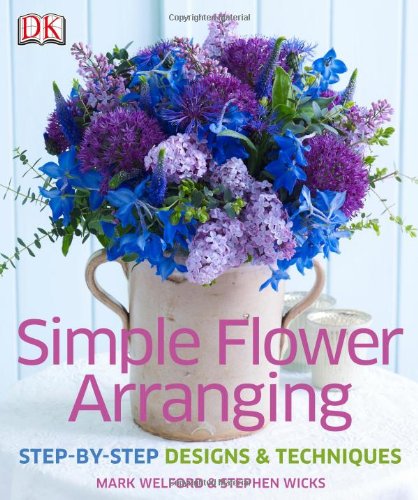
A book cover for Simple Flower Arranging; Mark Welford; Crafts, Hobbies & Home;